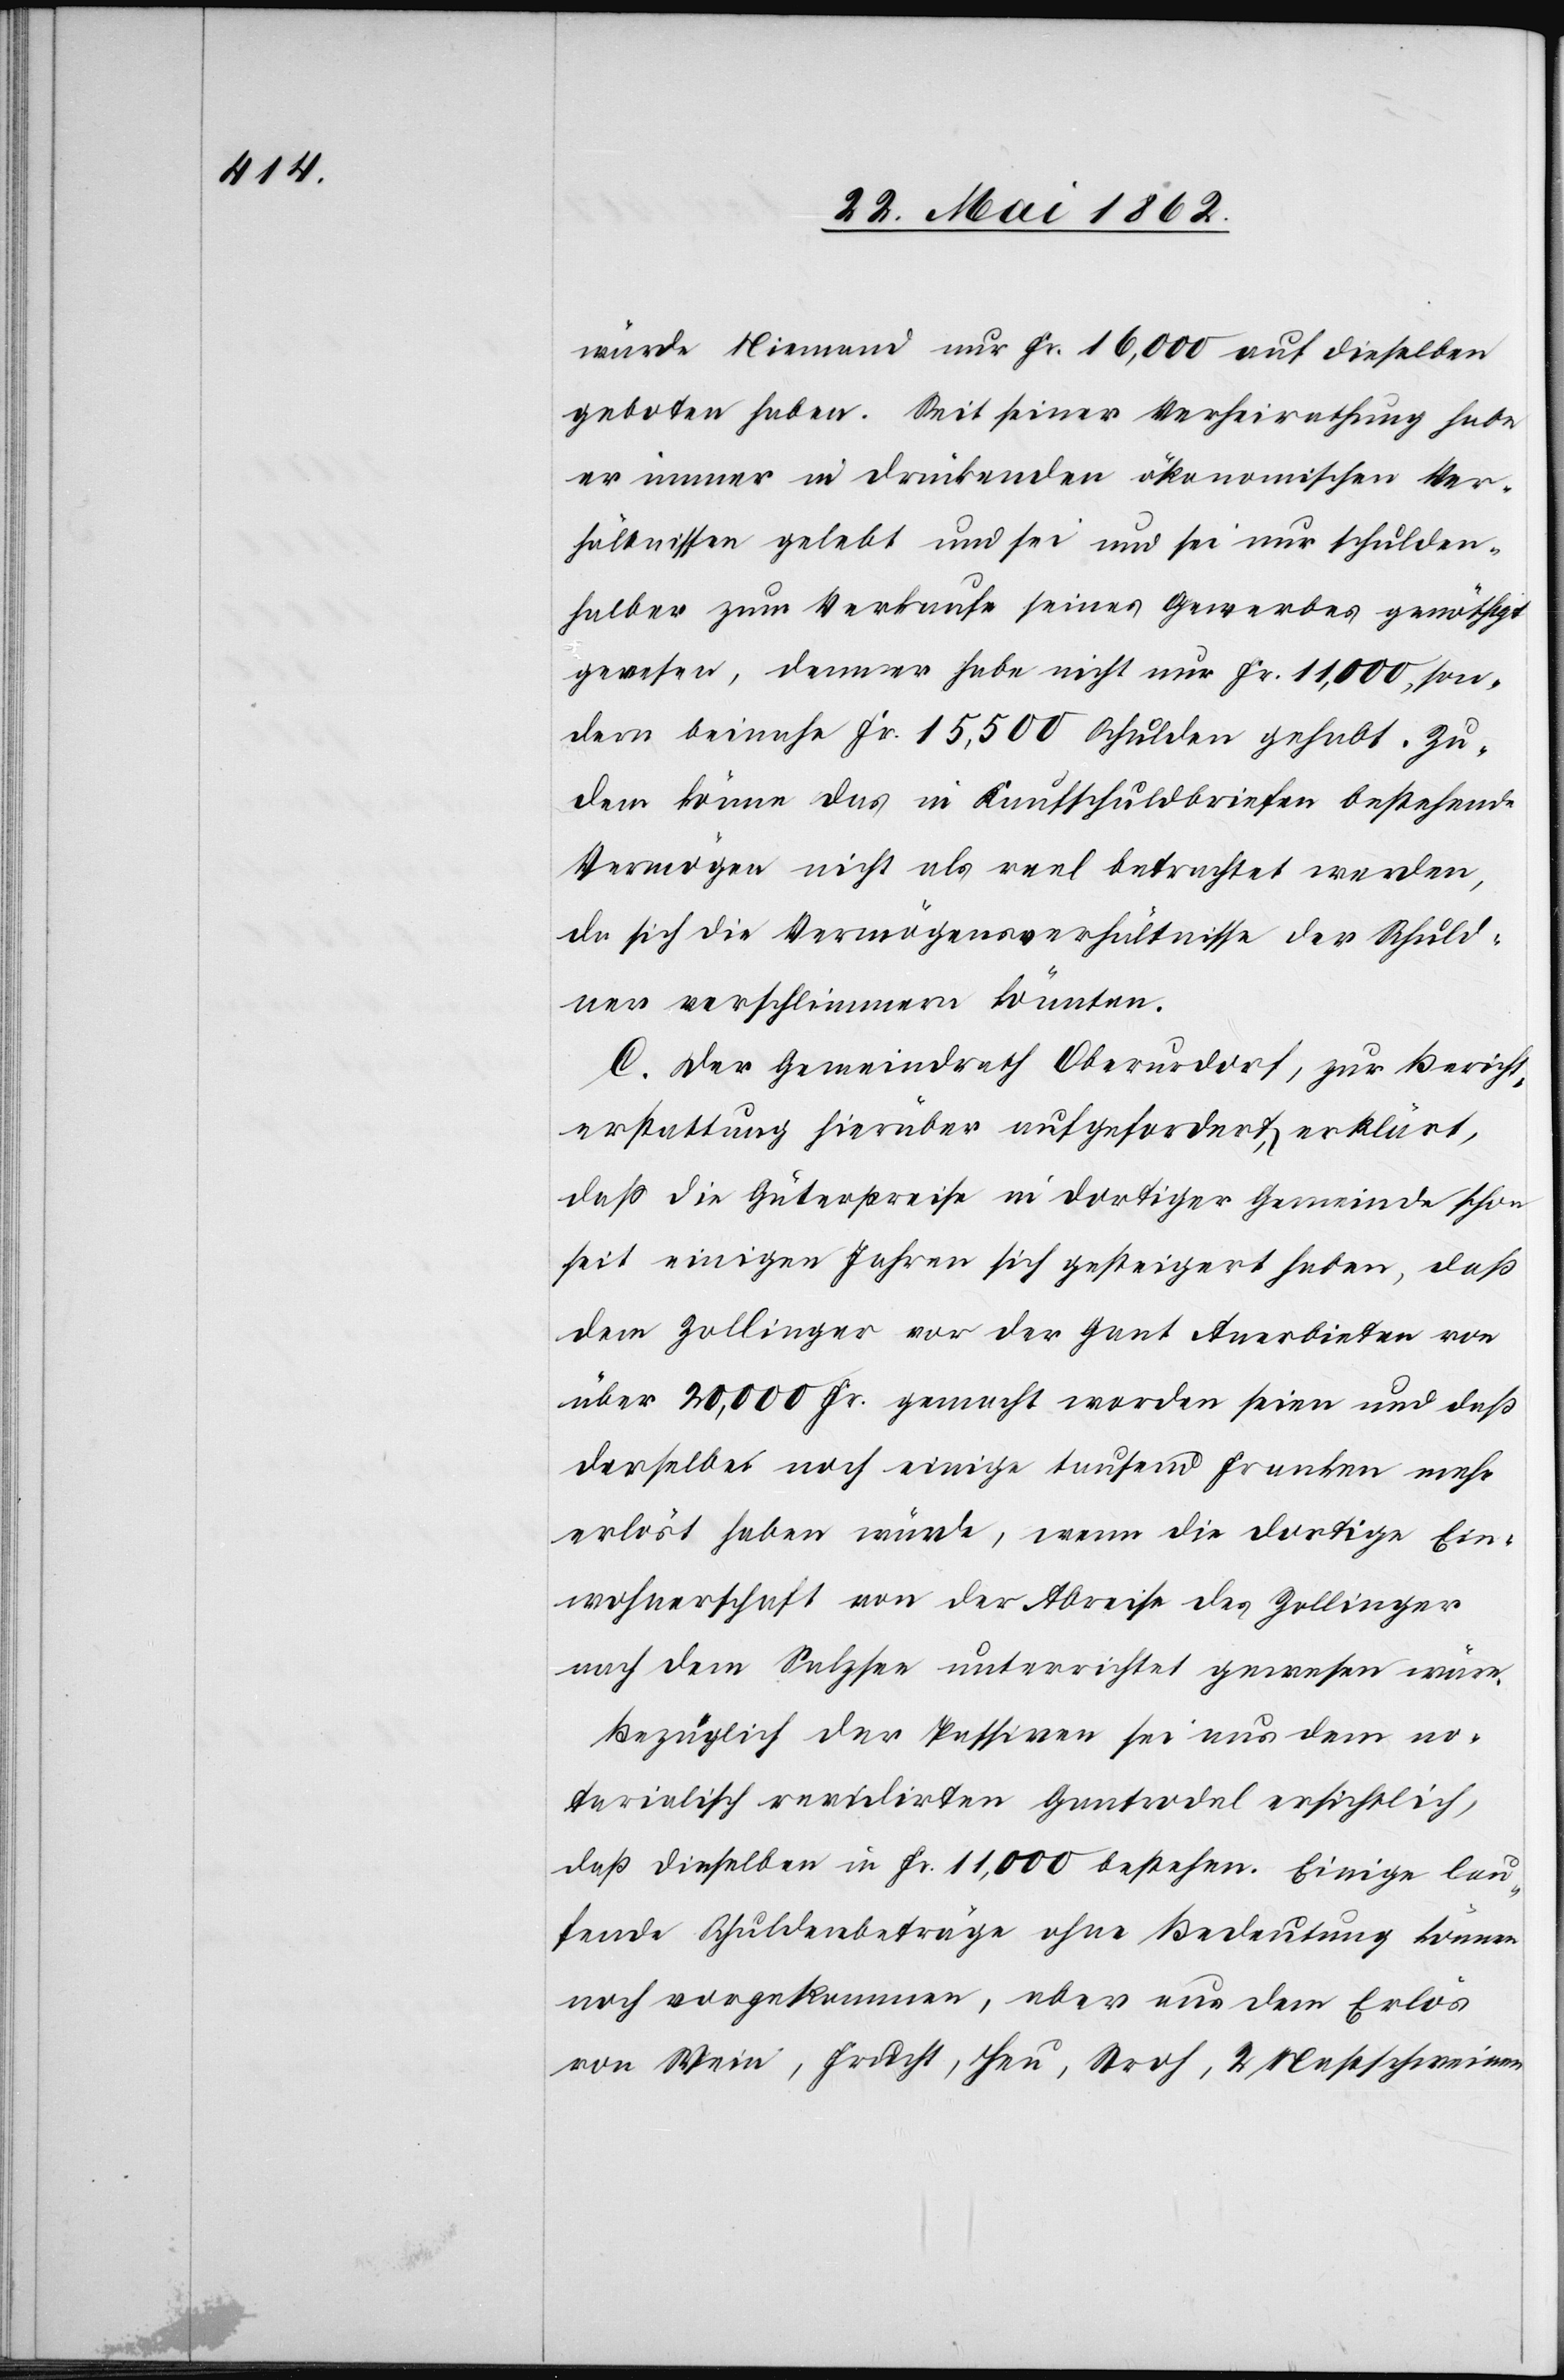
würde Niemand nur Fr. 16,000 auf dieselben
geboten haben. Seit seiner Verheirathung habe
er immer in drückenden ökonomischen Ver¬
hältnissen gelebt und sei und sei [sic!] nur schulden¬
halber zum Verkaufe seines Gewerbes genöthigt
gewesen, denn er habe nicht nur Fr. 11,000, son¬
dern beinahe Fr. 15,500 Schulden gehabt. Zu¬
dem könne das in Kaufschuldbriefen bestehende
Vermögen nicht als reel betrachtet werden,
da sich die Vermögensverhältnisse des Schuld¬
ner verschlimmern könnten.
C. Der Gemeindrath Oberurdorf, zur Bericht¬
erstattung hierüber aufgefordert, erklärt,
daß die Güterpreise in dortiger Gemeinde schon
seit einigen Jahren sich gesteigert haben, daß
dem Zollinger vor der Gant Anerbieten von
über 20,000 Fr. gemacht worden seien und daß
derselbe noch einige tausend Franken mehr
erlöst haben würde, wenn die dortige Ein¬
wohnerschaft von der Abreise des Zollinger
nach dem Salzsee unterrichtet gewesen wäre.
Bezüglich der Passiven sie aus dem no¬
tarialisch revidirten Gantrodel ersichtlich,
daß dieselben in Fr. 11,000 bestehen. Einige lau¬
fende Schuldenbeträge ohne Bedeutung können
noch vorgekommen, aber aus dem Erlös
von Wein, Frucht, Heu, Stroh, 2 Mastschweinen